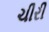
ચીરી